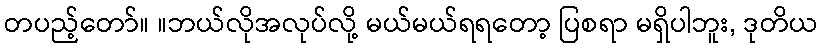
တပည့်တော်။ ။ဘယ်လိုအလုပ်လို့ မယ်မယ်ရရတော့ ပြစရာ မရှိပါဘူး, ဒုတိယ